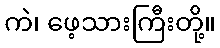
ကဲ၊ ဖေ့သားကြီးတို့။